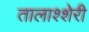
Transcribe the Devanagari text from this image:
तालाश्शेरी